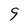
Character: 9